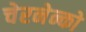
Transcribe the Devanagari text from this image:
चेरनेन्को